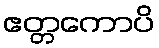
ဧတ္တကောပိ